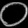
Digit: ၀